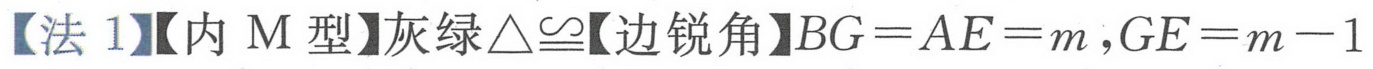
【法 1】【内 M 型】灰绿$\triangle\cong$【边锐角】\(BG = AE = m\), \(GE = m - 1\)